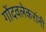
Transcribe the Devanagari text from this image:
गोंदवलेकरांनी